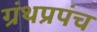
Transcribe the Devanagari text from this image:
ग्रंथप्रपंच